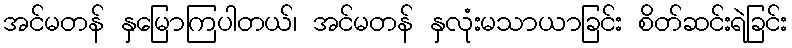
အင်မတန် နှမြောကြပါတယ်၊ အင်မတန် နှလုံးမသာယာခြင်း စိတ်ဆင်းရဲခြင်း